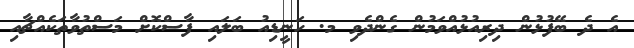
އެ ދެ ބޭފުޅުން ދިރިއުޅުއްވަމުން ގެންދެވި މ. ހަނީޑިއު ބަލައި ފާސްކޮށް މަސްތުވާތަކެއްޗާއި